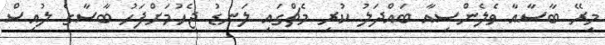
މިރޭ ބާސާއާ ވެލެންސިއާ ބައްދަލު ކުރި މެޗްގައި ލަނޑު ޖެހުމަށްފަހު ބާސާގެ ލުއިސް